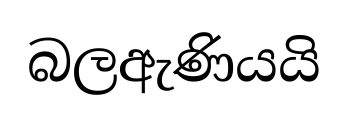
බලඇණියයි